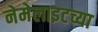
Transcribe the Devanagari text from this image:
नेमेलाइटच्या